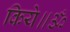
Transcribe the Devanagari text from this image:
किये॥ॐ